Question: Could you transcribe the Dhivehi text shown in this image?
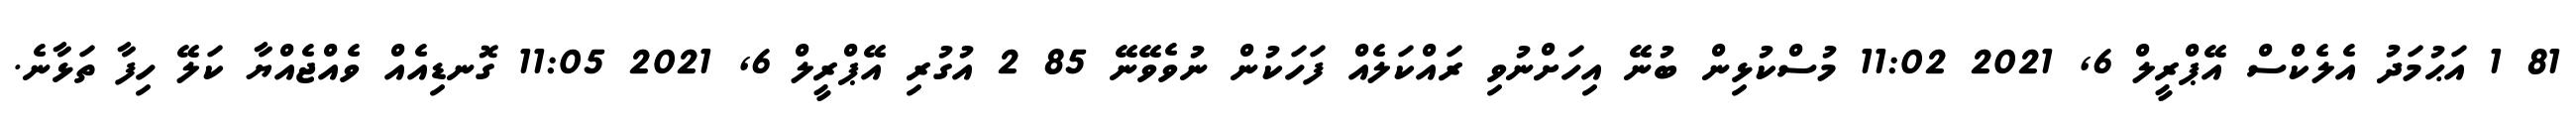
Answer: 81 1 އަޙުމަދު އެލެކްސް އޭޕްރީލް 6, 2021 11:02 މުސްކުޅިން ބުނޭ އިހަށްނުވި ރައްކަލެއް ފަހަކުން ނުވެވޭނޭ 85 2 އުގުރި އޭޕްރީލް 6, 2021 11:05 ގޮނޑިއެއް ވެއްޖެއްޔާ ކަލޭ ހިފާ ތަޅާނެ.